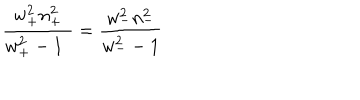
LaTeX: \frac { w _ { + } ^ { 2 } n _ { + } ^ { 2 } } { w _ { + } ^ { 2 } - 1 \ \, } = \frac { w _ { - } ^ { 2 } n _ { - } ^ { 2 } } { w _ { - } ^ { 2 } - 1 }